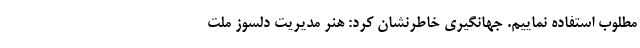
مطلوب استفاده نماییم. جهانگیری خاطرنشان کرد: هنر مدیریت دلسوز ملت